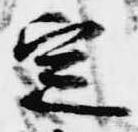
定